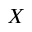
X